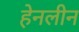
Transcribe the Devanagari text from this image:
हेनलीन